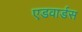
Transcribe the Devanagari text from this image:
एडवार्डस